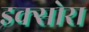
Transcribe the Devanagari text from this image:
इक्सोरा